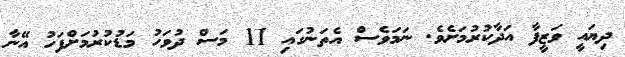
ދިޔައީ ވަޒީފާ އަދާކުރުމަށެވެ. ނަމަވެސް އެތަނުގައި 11 މަސް ދުވަހު މަޑުކުރުމަށްފަހު އޭނާ